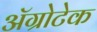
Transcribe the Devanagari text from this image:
अॅग्रोटेक